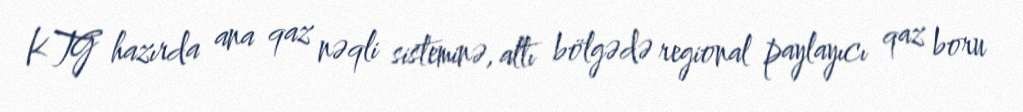
KTG hazırda ana qaz nəqli sisteminə, altı bölgədə regional paylayıcı qaz boru